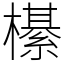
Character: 櫀